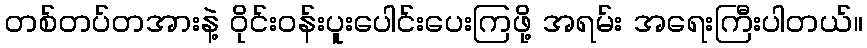
တစ်တပ်တအားနဲ့ ဝိုင်းဝန်းပူးပေါင်းပေးကြဖို့ အရမ်း အရေးကြီးပါတယ်။